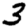
Digit: 3